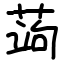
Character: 蒟